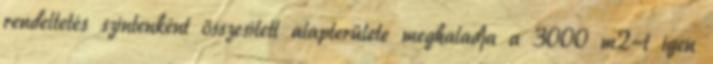
rendeltetés szintenként összesített alapterülete meghaladja a 3000 m2-t igen